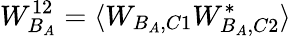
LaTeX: W_{B_{A}}^{12}=\langle W_{B_{A},C1}W_{B_{A},C2}^{*}\rangle